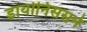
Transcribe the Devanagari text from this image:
डायोनिससने